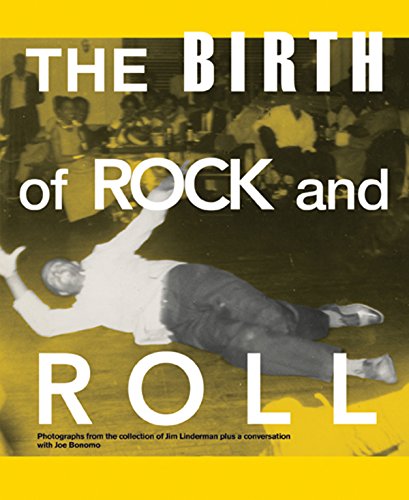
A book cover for The Birth of Rock and Roll; Arts & Photography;